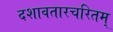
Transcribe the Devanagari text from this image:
दशावतारचरितम्